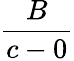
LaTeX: \frac{B}{c-0}